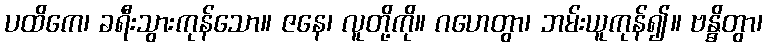
ပထိကေ၊ ခရီးသွားကုန်သော။ ဇနေ၊ လူတို့ကို။ ဂဟေတွာ၊ ဘမ်းယူကုန်၍။ ဗန္ဓိတွာ၊